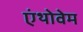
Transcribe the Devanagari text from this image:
एंथोवेम